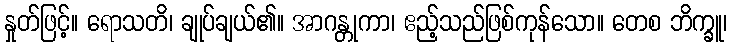
နှုတ်ဖြင့်။ ရောသတိ၊ ချုပ်ချယ်၏။ အာဂန္တုကာ၊ ဧည့်သည်ဖြစ်ကုန်သော။ တေစ ဘိက္ခူ၊